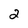
Character: 2